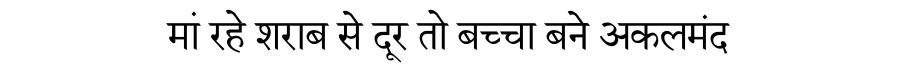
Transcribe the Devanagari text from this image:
मां रहे शराब से दूर तो बच्चा बने अकलमंद